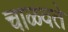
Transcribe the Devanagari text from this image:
चाळवते